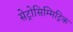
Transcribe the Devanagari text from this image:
सेट्रोसिम्मिट्रिक